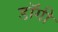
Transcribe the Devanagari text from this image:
डॉगी